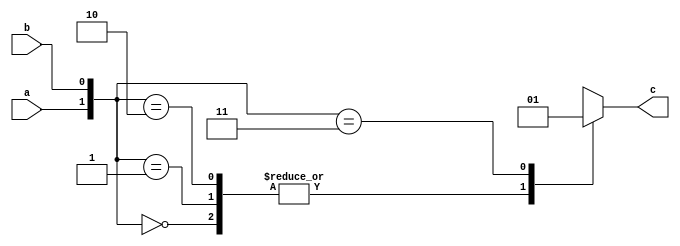
`timescale 1ns / 1ps
//////////////////////////////////////////////////////////////////////////////////
// Company: 
// Engineer: 
// 
// Design Name: 
// Module Name: and_gate
// Project Name: 
// Target Devices: 
// Tool Versions: 
// Description: 
// 
// Dependencies: 
// 
// Revision:
// Revision 0.01 - File Created
// Additional Comments:
// 
//////////////////////////////////////////////////////////////////////////////////


module and_gate(
    input a, b,
    output reg c
    );
    
    always @(*)
    begin
        case({a,b})
            2'b00: c = 0;
            2'b01: c = 0;
            2'b10: c = 0;
            2'b11: c = 1;
        endcase
    end
endmodule